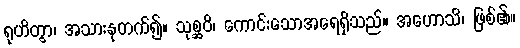
ရုဟိတွာ၊ အသားနုတက်၍။ သုစ္ဆဝိ၊ ကောင်းသောအရေရှိသည်။ အဟောသိ၊ ဖြစ်၏။